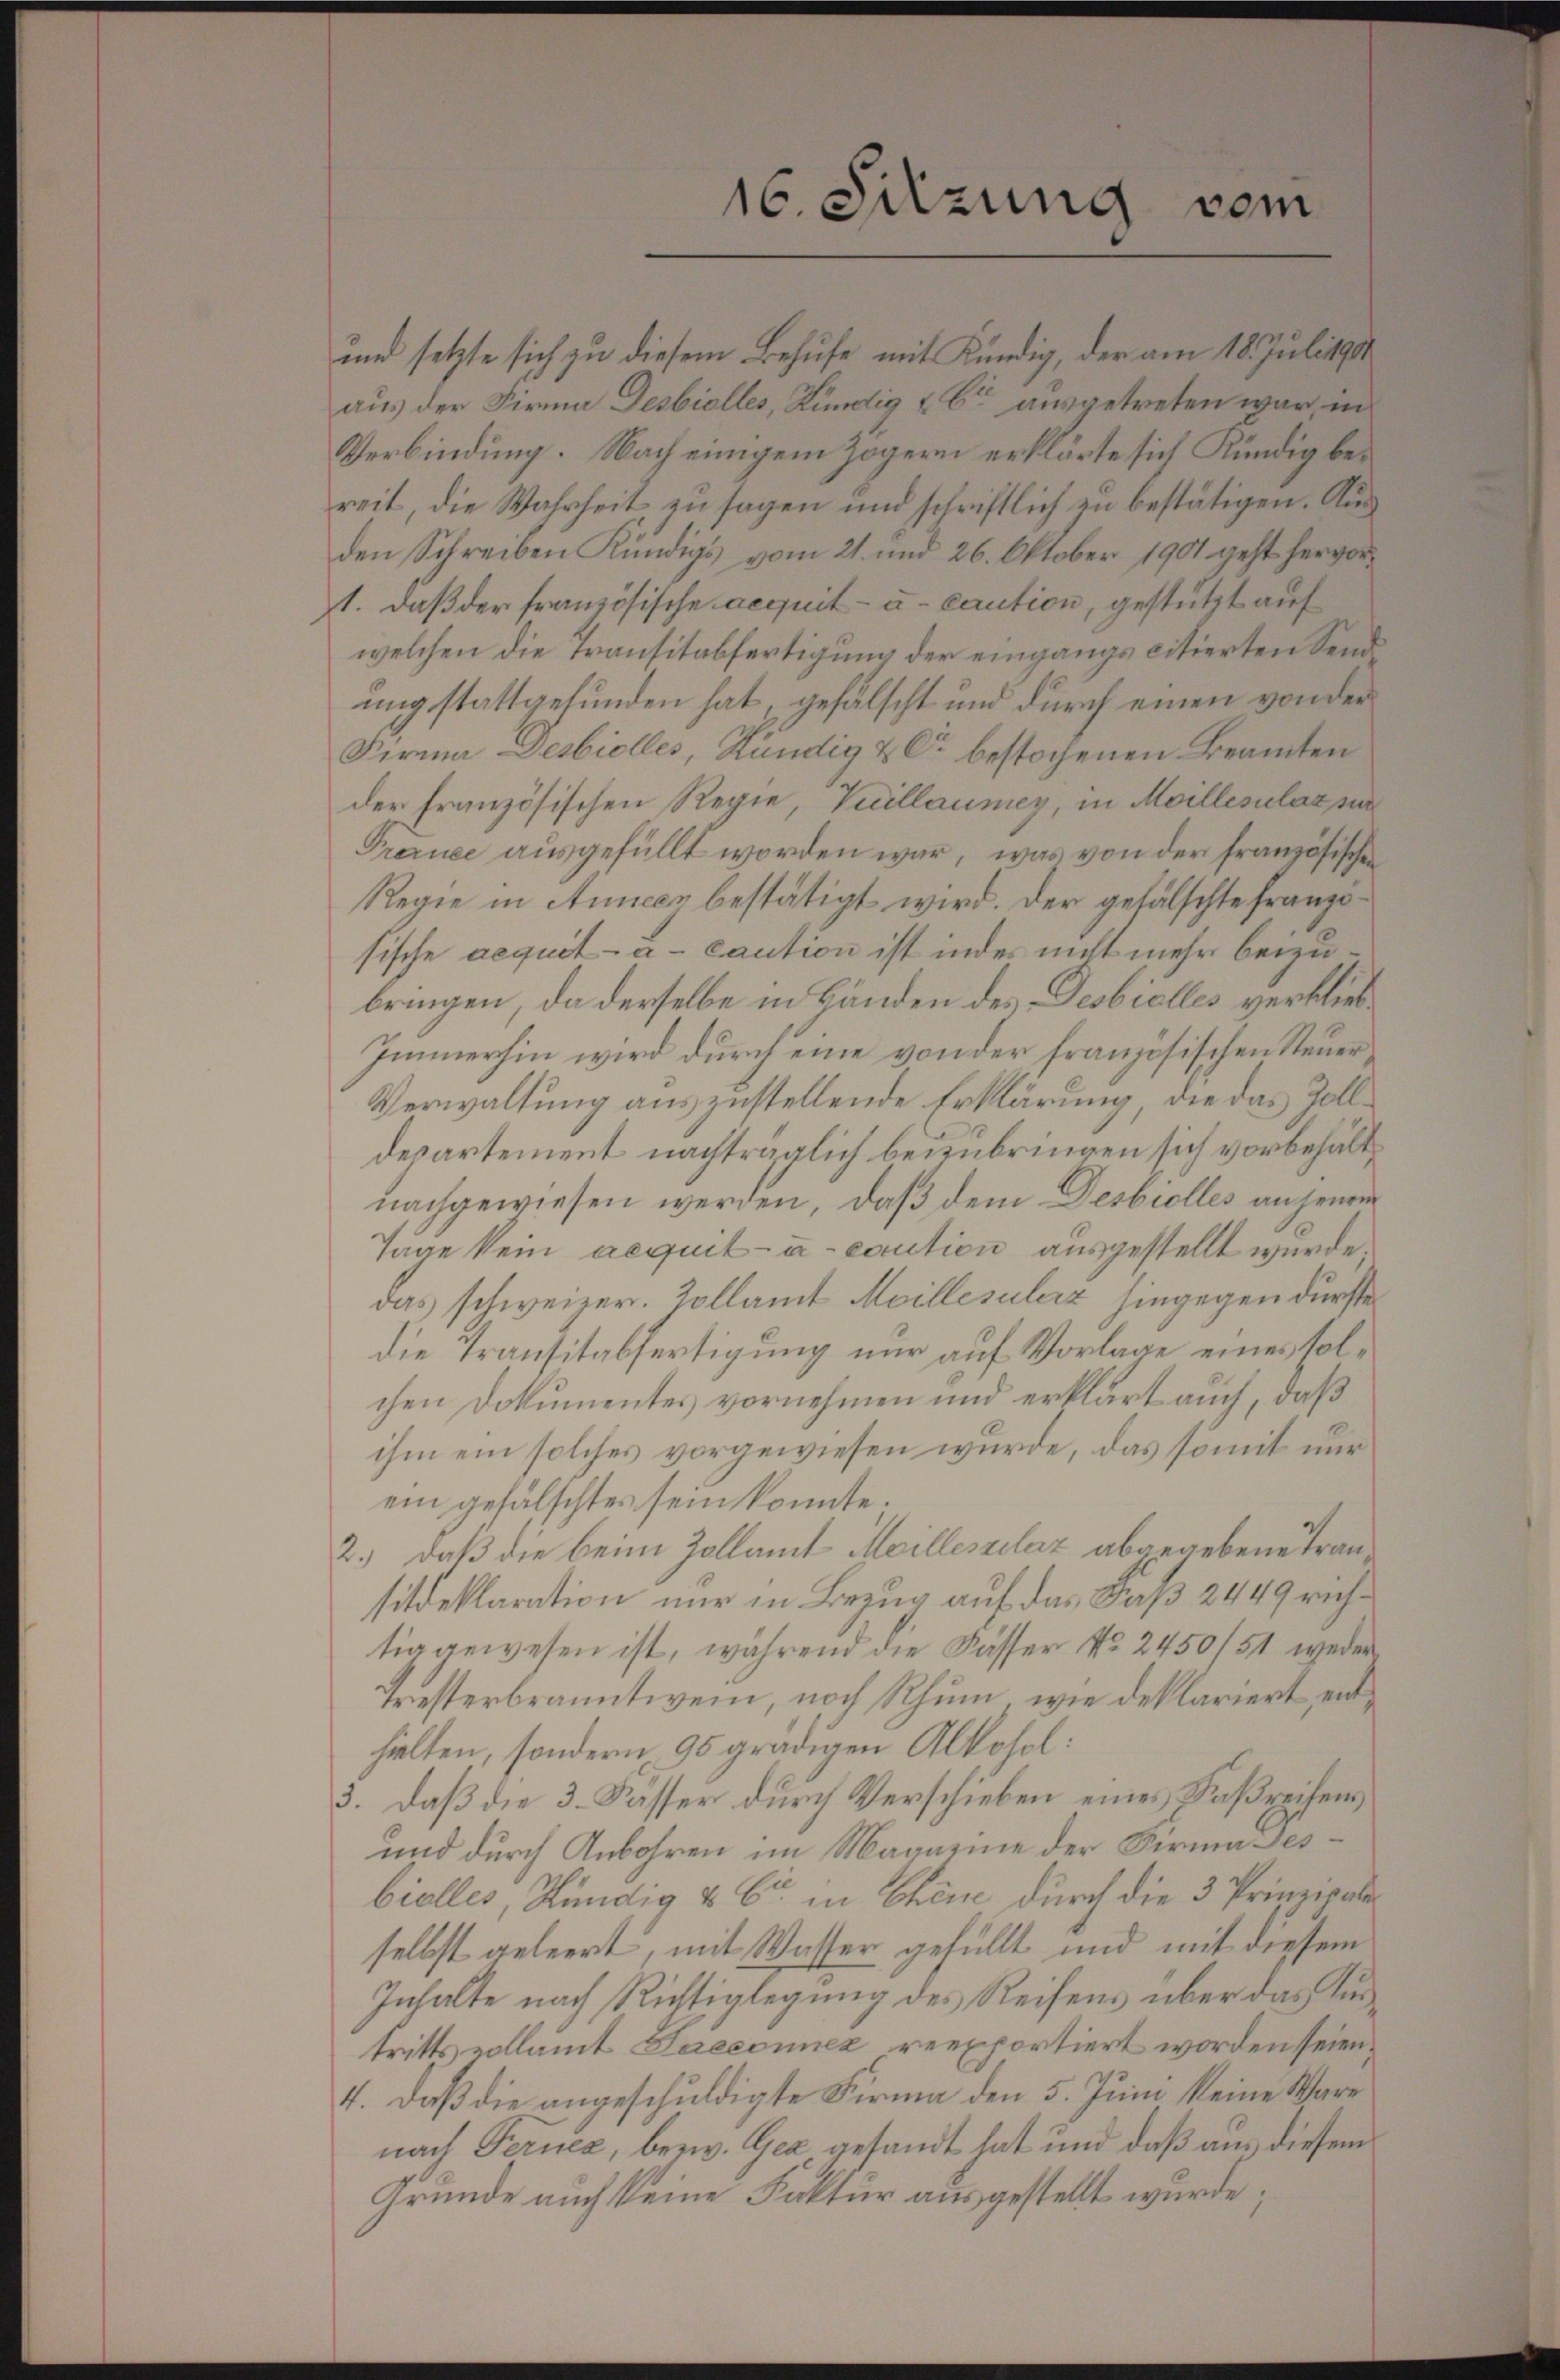
und setzte sich zu diesem Behufe mit Kündig, der am 18. Juli 1888.
aus der Firma Desbiolles, Kündig & Cie ausgetreten war, in
Verbindung. Nach einigem Zögern erklärte sich Kündig bereit, die Wahrheit zu sagen und schriftlich zu bestätigen. Aus
den Schreiben Kündigs vom 21. und 26. Oktober 1901 geht hervor¬
1. daß der französische acquit- u. caution, gestützt auf
welchen die Transitabfertigung der eingangs citierten Sendung stattgefunden hat, gefälscht und durch einen von der
Firma Desbiolles, Kündig & Cie bestochenen Beamten
der französischen Regie, Vuillaumey, in Moillesilaz si
Trezuee ausgefüllt worden war, was von der französischen
Regie in Aunccz bestätigt wird. Der gefälschte Franzi
sische acquit à caution ist indes nicht mehr beizubringen, da derselbe in Bänden des Deobialles verblieb¬
Immerhin wird durch eine von der französischen Steuer¬
Verwaltung auszustellende Erklärung, die das Zolldepartement nachträglich beizubringen sich vorbehältnachgewiesen werden, daß dem Desbiolles an jenem
Tage kein aequit à caution ausgestellt wurde.
das schweizer. Zollamt Meillesülerz hingegen dürfte
die Transitabfertigung nur auf Vorlage eines solchen Dokumentes vornehmen und erklärt auch, daß
ihm ein solches vorgewiesen wurde, das somit nur
ein gefälschtes sein konnte.
2.) daß die beim Zollamt Meilleszelaz abgegebene Transitdeklaration nur in Bezug auf das Faß 2449 richtiagewesen ist, während die Fässer No. 2450/51 weder
Tresterbranntwein, noch Rhum, wie deklariert, enthielten, sondern, 95 gradigen Alkohol:
3. daß die 3. Dasser durch Verschieben eines Faßreisens
und durch Anbohren im Magazine der Firma desbielles, Kündig & Cie in Chine durch die 3 Prinzipalin
selbst geleert, mit Wasser gefüllt und mit diesem
Inhalte nach Richtiglegung des Reisens über das Kintritts vollamt Laeconnex reexportiert worden seien,
4. Daß die angeschuldigte Firma den 5. Juni keine Ware
nach Fernez, bezw. Gez gesandt hat und daß aus diesem
Grunde auch keine Faktur ausgestellt wurde;

16. Sitzung vom